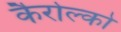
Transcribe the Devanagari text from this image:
कैरोल्को